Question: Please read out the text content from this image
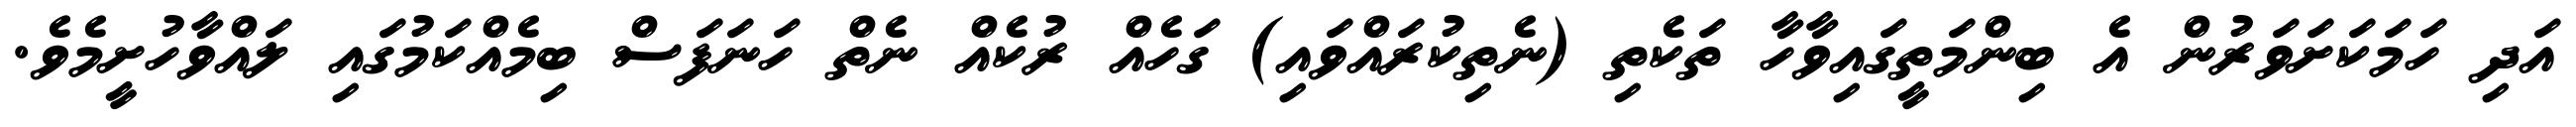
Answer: އަދި ހަމަކަށަވަރުން އެ ބިންމަތީގައިވާހާ ތަކެތި (ނެތިކުރައްވައި) ގަހެއް ރުކެއް ނެތް ހަނަފަސް ބިމެއްކަމުގައި ލައްވާހުށީމެވެ.